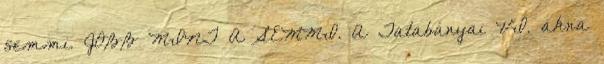
semmi. JOBB MINT A SEMMI. A Tatabányai VI. akna